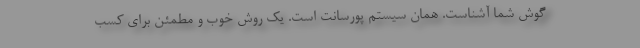
گوش شما آشناست. همان سیستم پورسانت است. یک روش خوب و مطمئن برای کسب